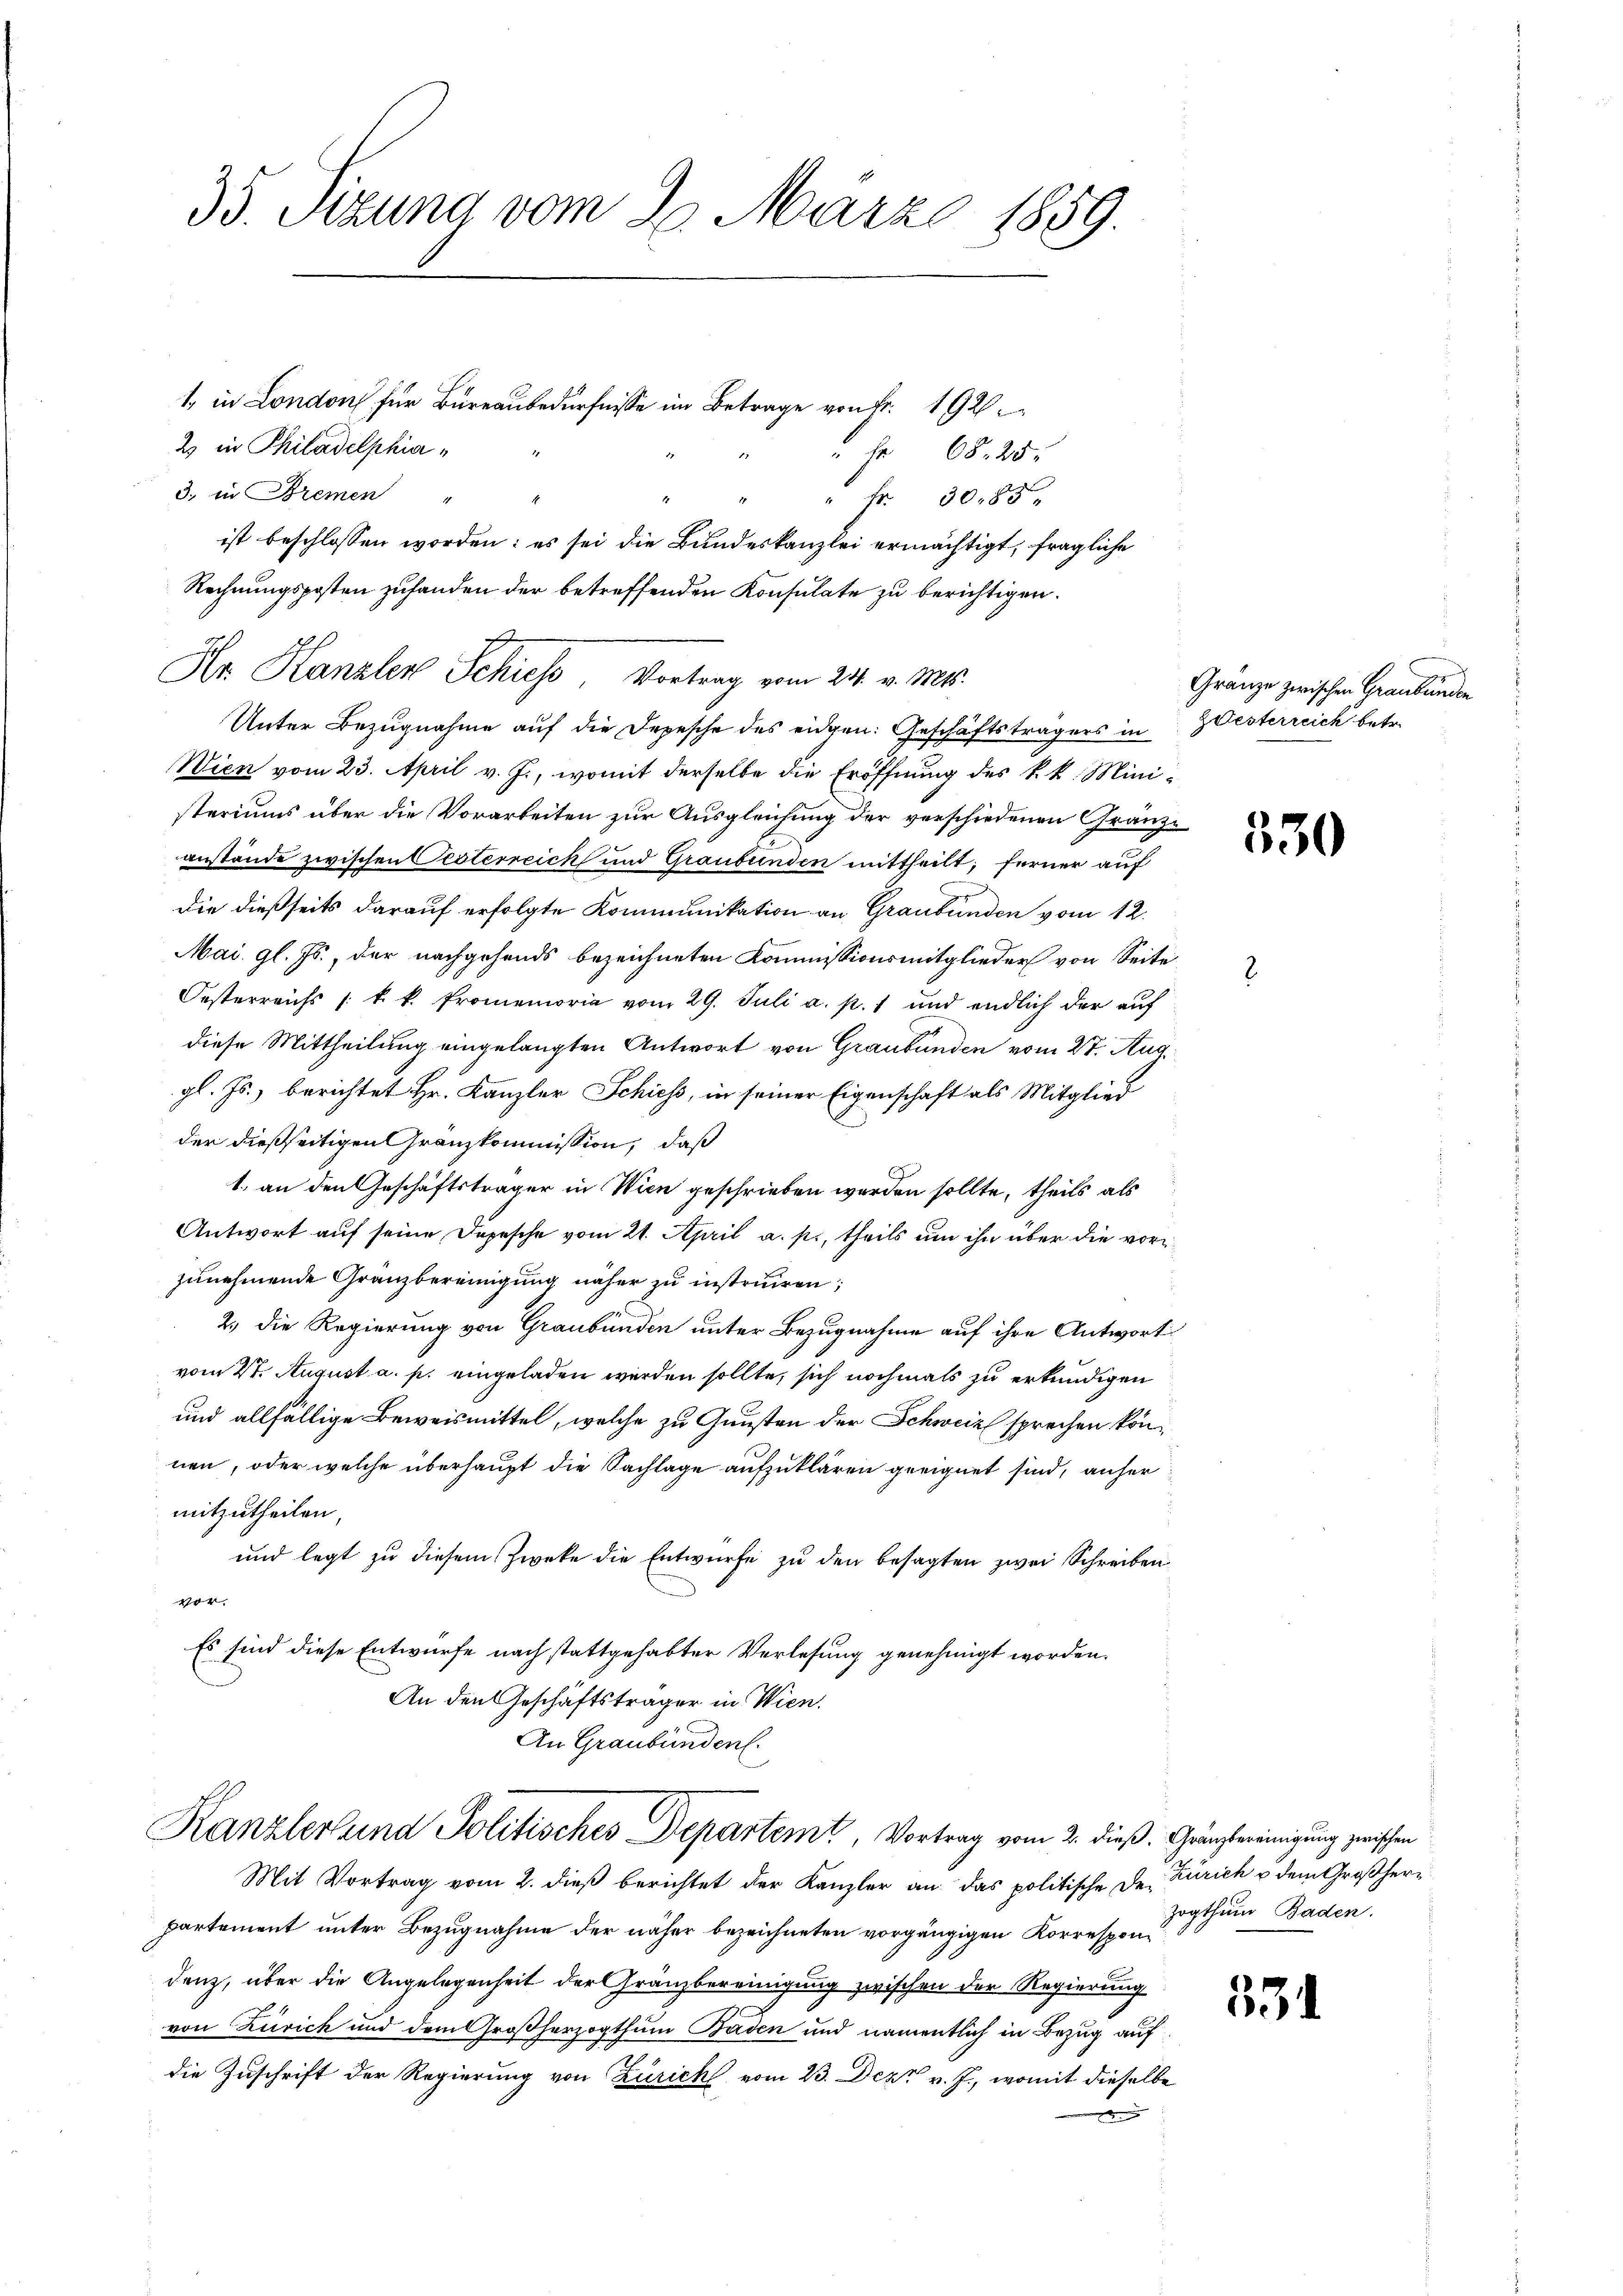
35. Sizung vom 26. März 1859.

2 in Philadelphia
 68. 25.
3. in Bremen
" Fr. 3085.
ist beschlossen worden: es sei die Bundeskanzlei ermächtigt, fragliche
Rechnungsposten zufanden der betreffenden Konsulate zu berichtigen.
Hr. Hanzler Schiess, Vortrag vom 24. v. Mts.
Unter Bezugnahme auf die Depesche des eidgen: Geschäftsträgers in Zwisterreich betr.
Wien vom 23. April v. J., womit derselbe die Eröffnung des k. k. Ministeriums über die Vorarbeiten zur Ausgleichung der verschiedenen Gränzanstände zwischen Pesterreich und Graubünden mittheilt; ferner auf
die dießseits darauf erfolgte Kommunikation an Graubünden vom 12.
Mai. gl. Js., der nachgehends bezeichneten Kommissionsmitglieder von Seite
Oesterreichs /: k. k. Promemoria vom 29. Juli a. p. 1 und endlich der aŭf
diese Mittheilung eingelangten Antwort von Graubünden vom 27. Aug.
gl. Js. berichtet Hr. Kanzler Schiess, in seiner Eigenschaft als Mitglied
der dießseitigen Granzkommission, daß
1. an den Geschäftsträger in Wien geschrieben worden sollte, theils als
Antwort auf seine Depesche vom 21. April a. p., theils um ihn über die vorzunehmende Gränzbereinigung näher zu instruiren;
2.) Die Regierung von Graubünden unter Bezugnahme auf ihre Antwort
vom 2t. August a. p. eingeladen werden sollte, sich nochmals zu erkundigen
und allfällige Beweismittel, welche zu Gunsten der Schweiz sprechen können, oder welche überhaupt die Sachlage aufzuklären geeignet sind, anher
mitzutheilen,
und legt zu diesem Zweke die Entwurfe zu den besagten zwei Schreiben
vor.
Es sind diese Entwurfe nach stattgehabter Verlesung genehmigt worden.
An den Geschäftsträger in Wien.
An Graubünden.

1. in London für Büreaubedürfnisse im Betrage von Fr. 192

Mit Vortrag vom 2. dieß berichtet der Kanzler an das politische De-
partement unter Bezugnahme der näher bezeichneten vorgängigen Korrespondenz, über die Angelegenheit der Gränzbereinigung zwischen der Regierung
von Zürich und dem Großherzogthum Baden und namentlich in Bezug auf
die Zuschrift der Regierung von Zürich vom 23. Dez. v. J., womit dieselbe

Kanzler und Politisches Departem Vortrag vom 2. dieß. Gränztereinigung zwischen

2
Gränze zwischen Graubünden

530

Zürich u dem Großherr
zogthum Baden.

331